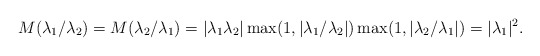
\begin{align*} M(\lambda_1/\lambda_2)=M(\lambda_2/\lambda_1)=|\lambda_1\lambda_2|\max(1,|\lambda_1/\lambda_2|)\max(1,|\lambda_2/\lambda_1|)=|\lambda_1|^2.\end{align*}